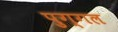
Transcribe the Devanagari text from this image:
पुग्गल